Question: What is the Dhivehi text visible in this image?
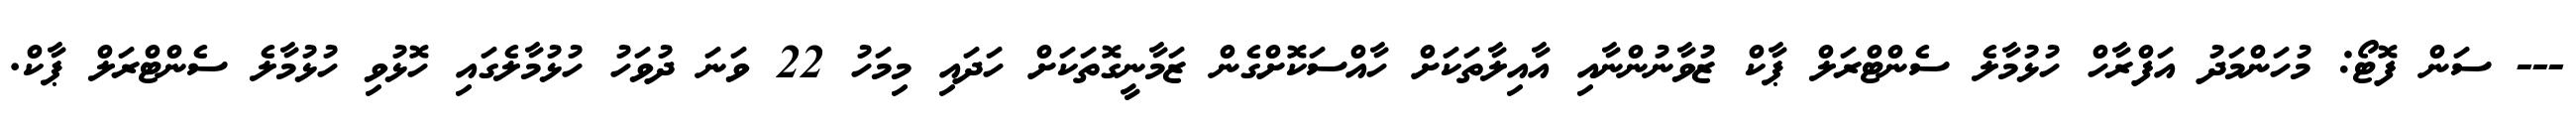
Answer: --- ސަން ފޮޓޯ: މުހަންމަދު އަފްރާހް ހުޅުމާލެ ސެންޓްރަލް ޕާކް ޒުވާނުންނާއި އާއިލާތަކަށް ހާއްސަކޮށްގެން ޒަމާނީގޮތަކަށް ހަދައި މިމަހު 22 ވަނަ ދުވަހު ހުޅުމާލެގައި ހޮޅުވި ހުޅުމާލެ ސެންޓްރަލް ޕާކް.